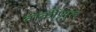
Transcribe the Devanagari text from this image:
वार्क्रीप्र्मुख